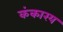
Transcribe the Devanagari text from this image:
कंकारय